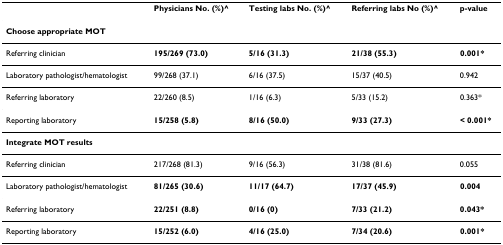
|  | Physicians No. (%)^ | Testing labs No. (%)^ | Referring labs No (%)^ | p-value |
 | --- | --- | --- | --- | --- |
 | <COLSPAN=5> Choose appropriate MOT |
 | Referring clinician | 195/269 (73.0) | 5/16 (31.3) | 21/38 (55.3) | 0.001* |
 | Laboratory pathologist/hematologist | 99/268 (37.1) | 6/16 (37.5) | 15/37 (40.5) | 0.942 |
 | Referring laboratory | 22/260 (8.5) | 1/16 (6.3) | 5/33 (15.2) | 0.363* |
 | Reporting laboratory | 15/258 (5.8) | 8/16 (50.0) | 9/33 (27.3) | < 0.001* |
 | <COLSPAN=5> Integrate MOT results |
 | Referring clinician | 217/268 (81.3) | 9/16 (56.3) | 31/38 (81.6) | 0.055 |
 | Laboratory pathologist/hematologist | 81/265 (30.6) | 11/17 (64.7) | 17/37 (45.9) | 0.004 |
 | Referring laboratory | 22/251 (8.8) | 0/16 (0) | 7/33 (21.2) | 0.043* |
 | Reporting laboratory | 15/252 (6.0) | 4/16 (25.0) | 7/34 (20.6) | 0.001* |